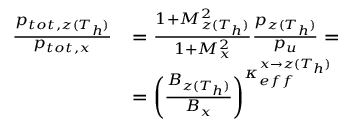
\begin{array} { r l } { \frac { p _ { t o t , z ( T _ { h } ) } } { p _ { t o t , x } } } & { = \frac { 1 + M _ { z ( T _ { h } ) } ^ { 2 } } { 1 + M _ { x } ^ { 2 } } \frac { p _ { z ( T _ { h } ) } } { p _ { u } } = } \\ & { = \left( \frac { B _ { z ( T _ { h } ) } } { B _ { x } } \right) ^ { \kappa _ { e f f } ^ { x \rightarrow z ( T _ { h } ) } } } \end{array}